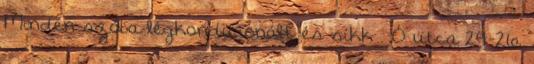
Minden szoba légkondicionált és síkk . Ó utca 24-26,